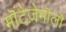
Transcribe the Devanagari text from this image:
मॊंटेज़ेमॊलॊ